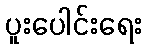
ပူးပေါင်းရေး